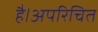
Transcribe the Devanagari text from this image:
है।अपरिचित